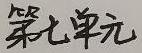
第七章单元